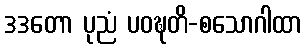
ဒဒတော ပုညံ ပဝဍ္ဎတိ-စသောဂါထာ